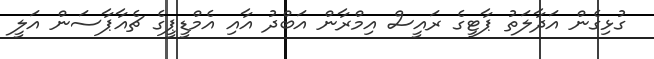
ގުޅިގެން އަދާލަތު ޕާޓީގެ ރައީސް އިމްރާން އަބްދު އާއި އެމްޑީޕީގެ ޗެއާޕާސަން އަލީ